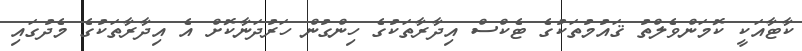
ކާޓާއަކީ ކޮމަންވެލްތު ޤައުމުތަކުގެ ޓެކްސް އިދާރާތަކުގެ ހިންގުން ހަރުދަނާކޮށް އެ އިދާރާތަކުގެ މެދުގައި